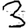
Digit: 3